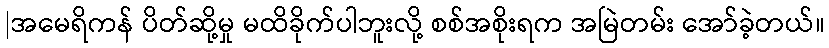
|အမေရိကန် ပိတ်ဆို့မှု မထိခိုက်ပါဘူးလို့ စစ်အစိုးရက အမြဲတမ်း အော်ခဲ့တယ်။